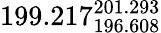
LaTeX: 199.217_{196.608}^{201.293}